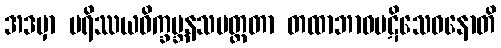
အဒမှာ ပရိဿယဝိက္ခမ္ဘနသမတ္ထတာ တထာဘာဝပဋိသေဓနောတိ